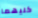
كليهما